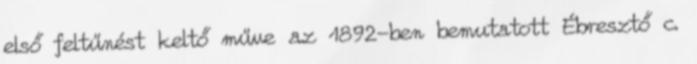
első feltűnést keltő műve az 1892-ben bemutatott Ébresztő c.